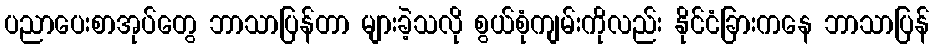
ပညာပေးစာအုပ်တွေ ဘာသာပြန်တာ များခဲ့သလို စွယ်စုံကျမ်းကိုလည်း နိုင်ငံခြားကနေ ဘာသာပြန်